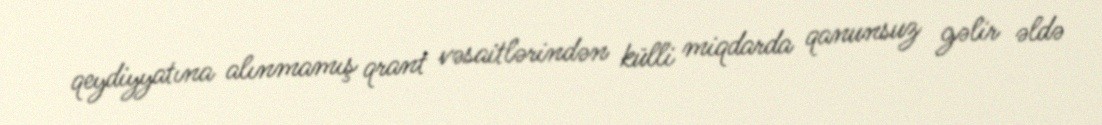
qeydiyyatına alınmamış qrant vəsaitlərindən külli miqdarda qanunsuz gəlir əldə